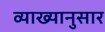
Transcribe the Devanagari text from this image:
व्याख्यानुसार